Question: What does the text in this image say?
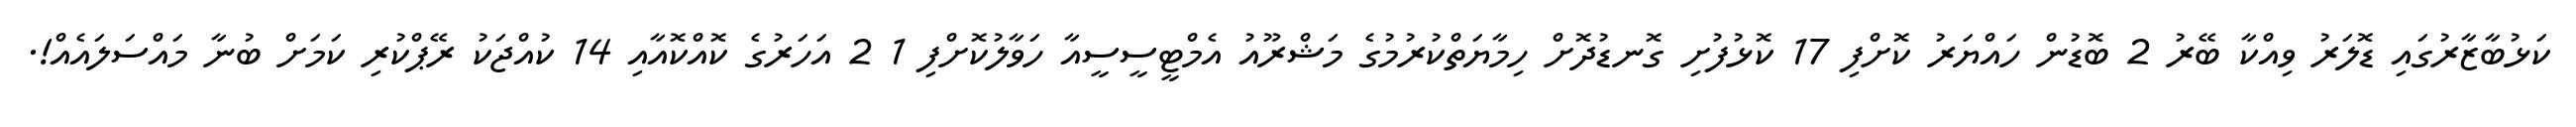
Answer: ކަޅުބާޒާރުގައި ޑޮލަރު ވިއްކާ ބޭރު 2 ބޮޑުން ހައްޔަރު ކޮށްފި 17 ކޮޅުފުށި ގޮނޑުދޮށް ހިމާޔަތްކުރުމުގެ މަޝްރޫއު އެމްޓީސީސީއާ ހަވާލުކޮށްފި 1 2 އަހަރުގެ ކޮއްކޮއާއި 14 ކުއްޖަކު ރޭޕްކުރި ކަމަށް ބުނާ މައްސަލައެއް!.